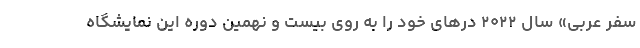
سفر عربی» سال ۲۰۲۲ درهای خود را به روی بیست و نهمین دوره این نمایشگاه